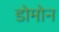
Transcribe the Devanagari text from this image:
डोमोन